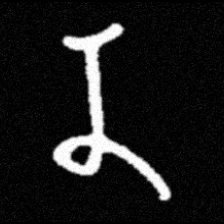
Pyu character \u2014 Myanmar letter: န (romanized: na)